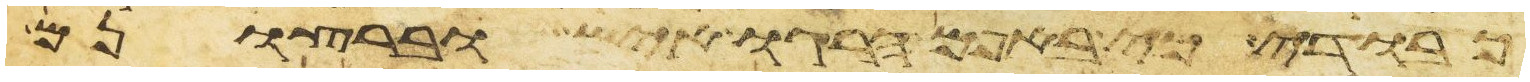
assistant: כבודי כי באפם הרגו איש וברצונם